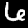
Label: 6